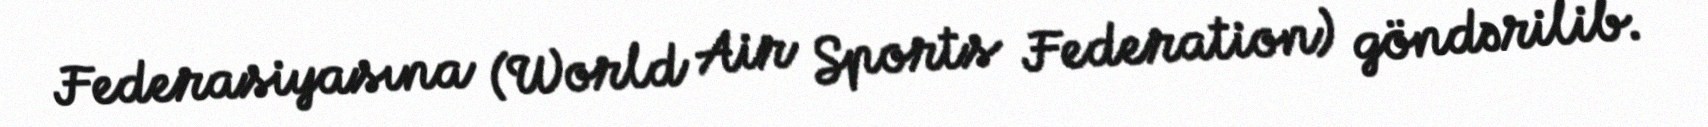
Federasiyasına (World Air Sports Federation) göndərilib.